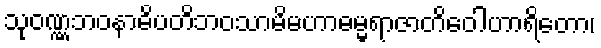
သုဝဏ္ဏဘဝနာဓိပတိဘဝသာမိမဟာဓမ္မရာဇာတိဝေါဟာရိတော၊